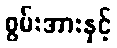
စွမ်းအားနှင့်